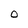
Character: O